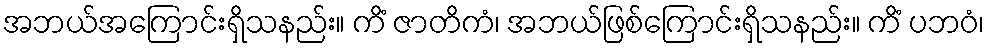
အဘယ်အကြောင်းရှိသနည်း။ ကိံ ဇာတိကံ၊ အဘယ်ဖြစ်ကြောင်းရှိသနည်း။ ကိံ ပဘဝံ၊